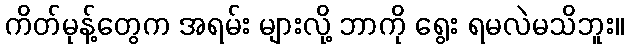
ကိတ်မုန့်တွေက အရမ်း များလို့ ဘာကို ရွေး ရမလဲမသိဘူး။